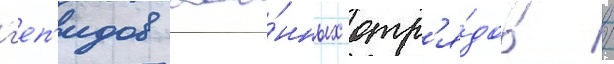
г'еп'идов вое́нных отр'я́дов /